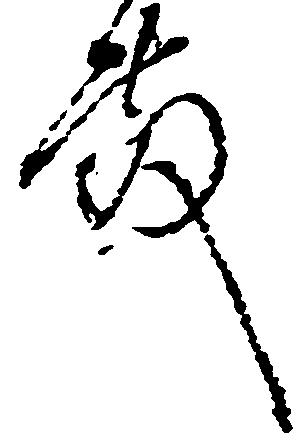
殿